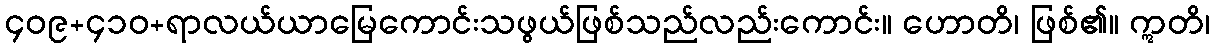
၄၀၉+၄၁၀+ရာလယ်ယာမြေကောင်းသဖွယ်ဖြစ်သည်လည်းကောင်း။ ဟောတိ၊ ဖြစ်၏။ ဣတိ၊